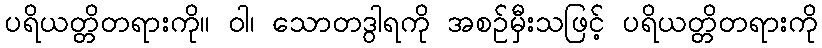
ပရိယတ္တိတရားကို။ ဝါ၊ သောတဒွါရကို အစဉ်မှီးသဖြင့် ပရိယတ္တိတရားကို